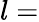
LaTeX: l=